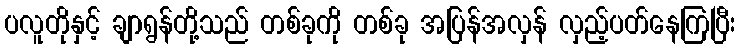
ပလူတိုနှင့် ချာရွန်တို့သည် တစ်ခုကို တစ်ခု အပြန်အလှန် လှည့်ပတ်နေကြပြီး